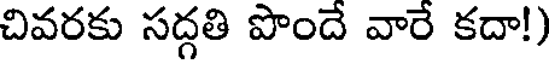
చివరకు సద్గతి పొందే వారే కదా!)